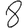
Digit: 8